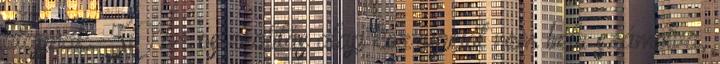
alapnak. 50%- os realitás alap korrupciót nem bele számolva,